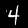
Digit: 4